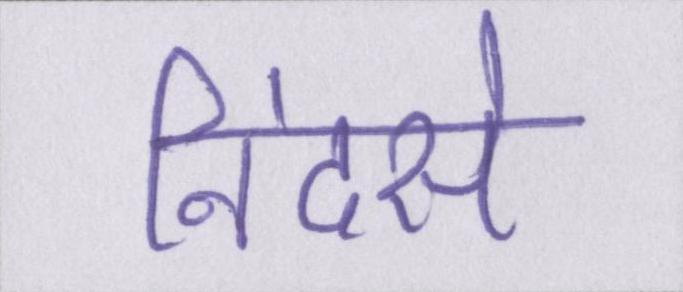
निंदसे